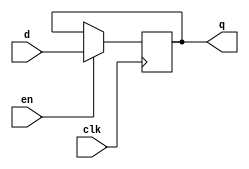
`timescale 1ns / 1ps

//////////////////////////////////////////////////////////////////////////////////
// EnReg.v
//
// Created for Dr. Akoglu's Reconfigurable Computing Lab
//  at the University of Arizona
// 
// Passes through a value at the positive edge of enable.
//////////////////////////////////////////////////////////////////////////////////

module EnReg #(
    parameter DATA_WIDTH = 8
)(
    input en,
    input clk,
    input [DATA_WIDTH-1:0] d,
    output reg [DATA_WIDTH-1:0] q
);
    
    initial begin
        q <= 0;    
    end
    
    always@(negedge clk) begin
        if(en) 
            q <= d;
    end
    
endmodule